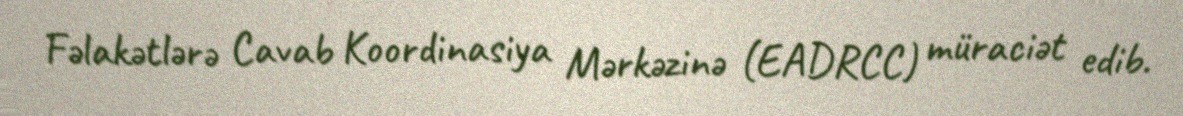
Fəlakətlərə Cavab Koordinasiya Mərkəzinə (EADRCC) müraciət edib.